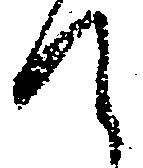
て